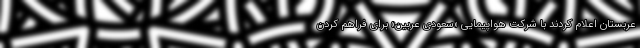
عربستان اعلام کردند با شرکت هواپیمایی «سعودی عربین» برای فراهم کردن